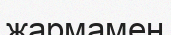
жармамен